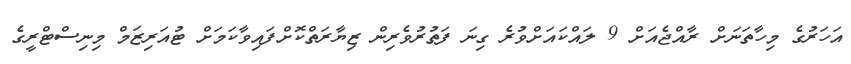
އަހަރުގެ މިހާތަނަށް ރާއްޖެއަށް 9 ލައްކައަށްވުރެ ގިނަ ފަތުރުވެރިން ޒިޔާރަތްކޮށްފައިވާކަމަށް ޓުއަރިޒަމް މިނިސްޓްރީގެ